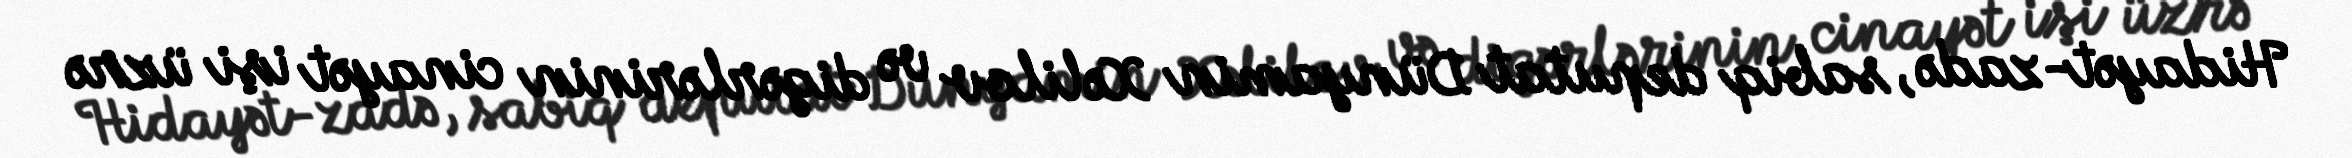
Hidayət-zadə, sabiq deputat Dünyamin Xəlilov və digərlərinin cinayət işi üzrə